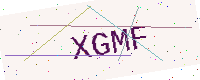
Text: XGMF